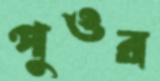
পুওর